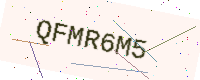
Text: QFMR6M5